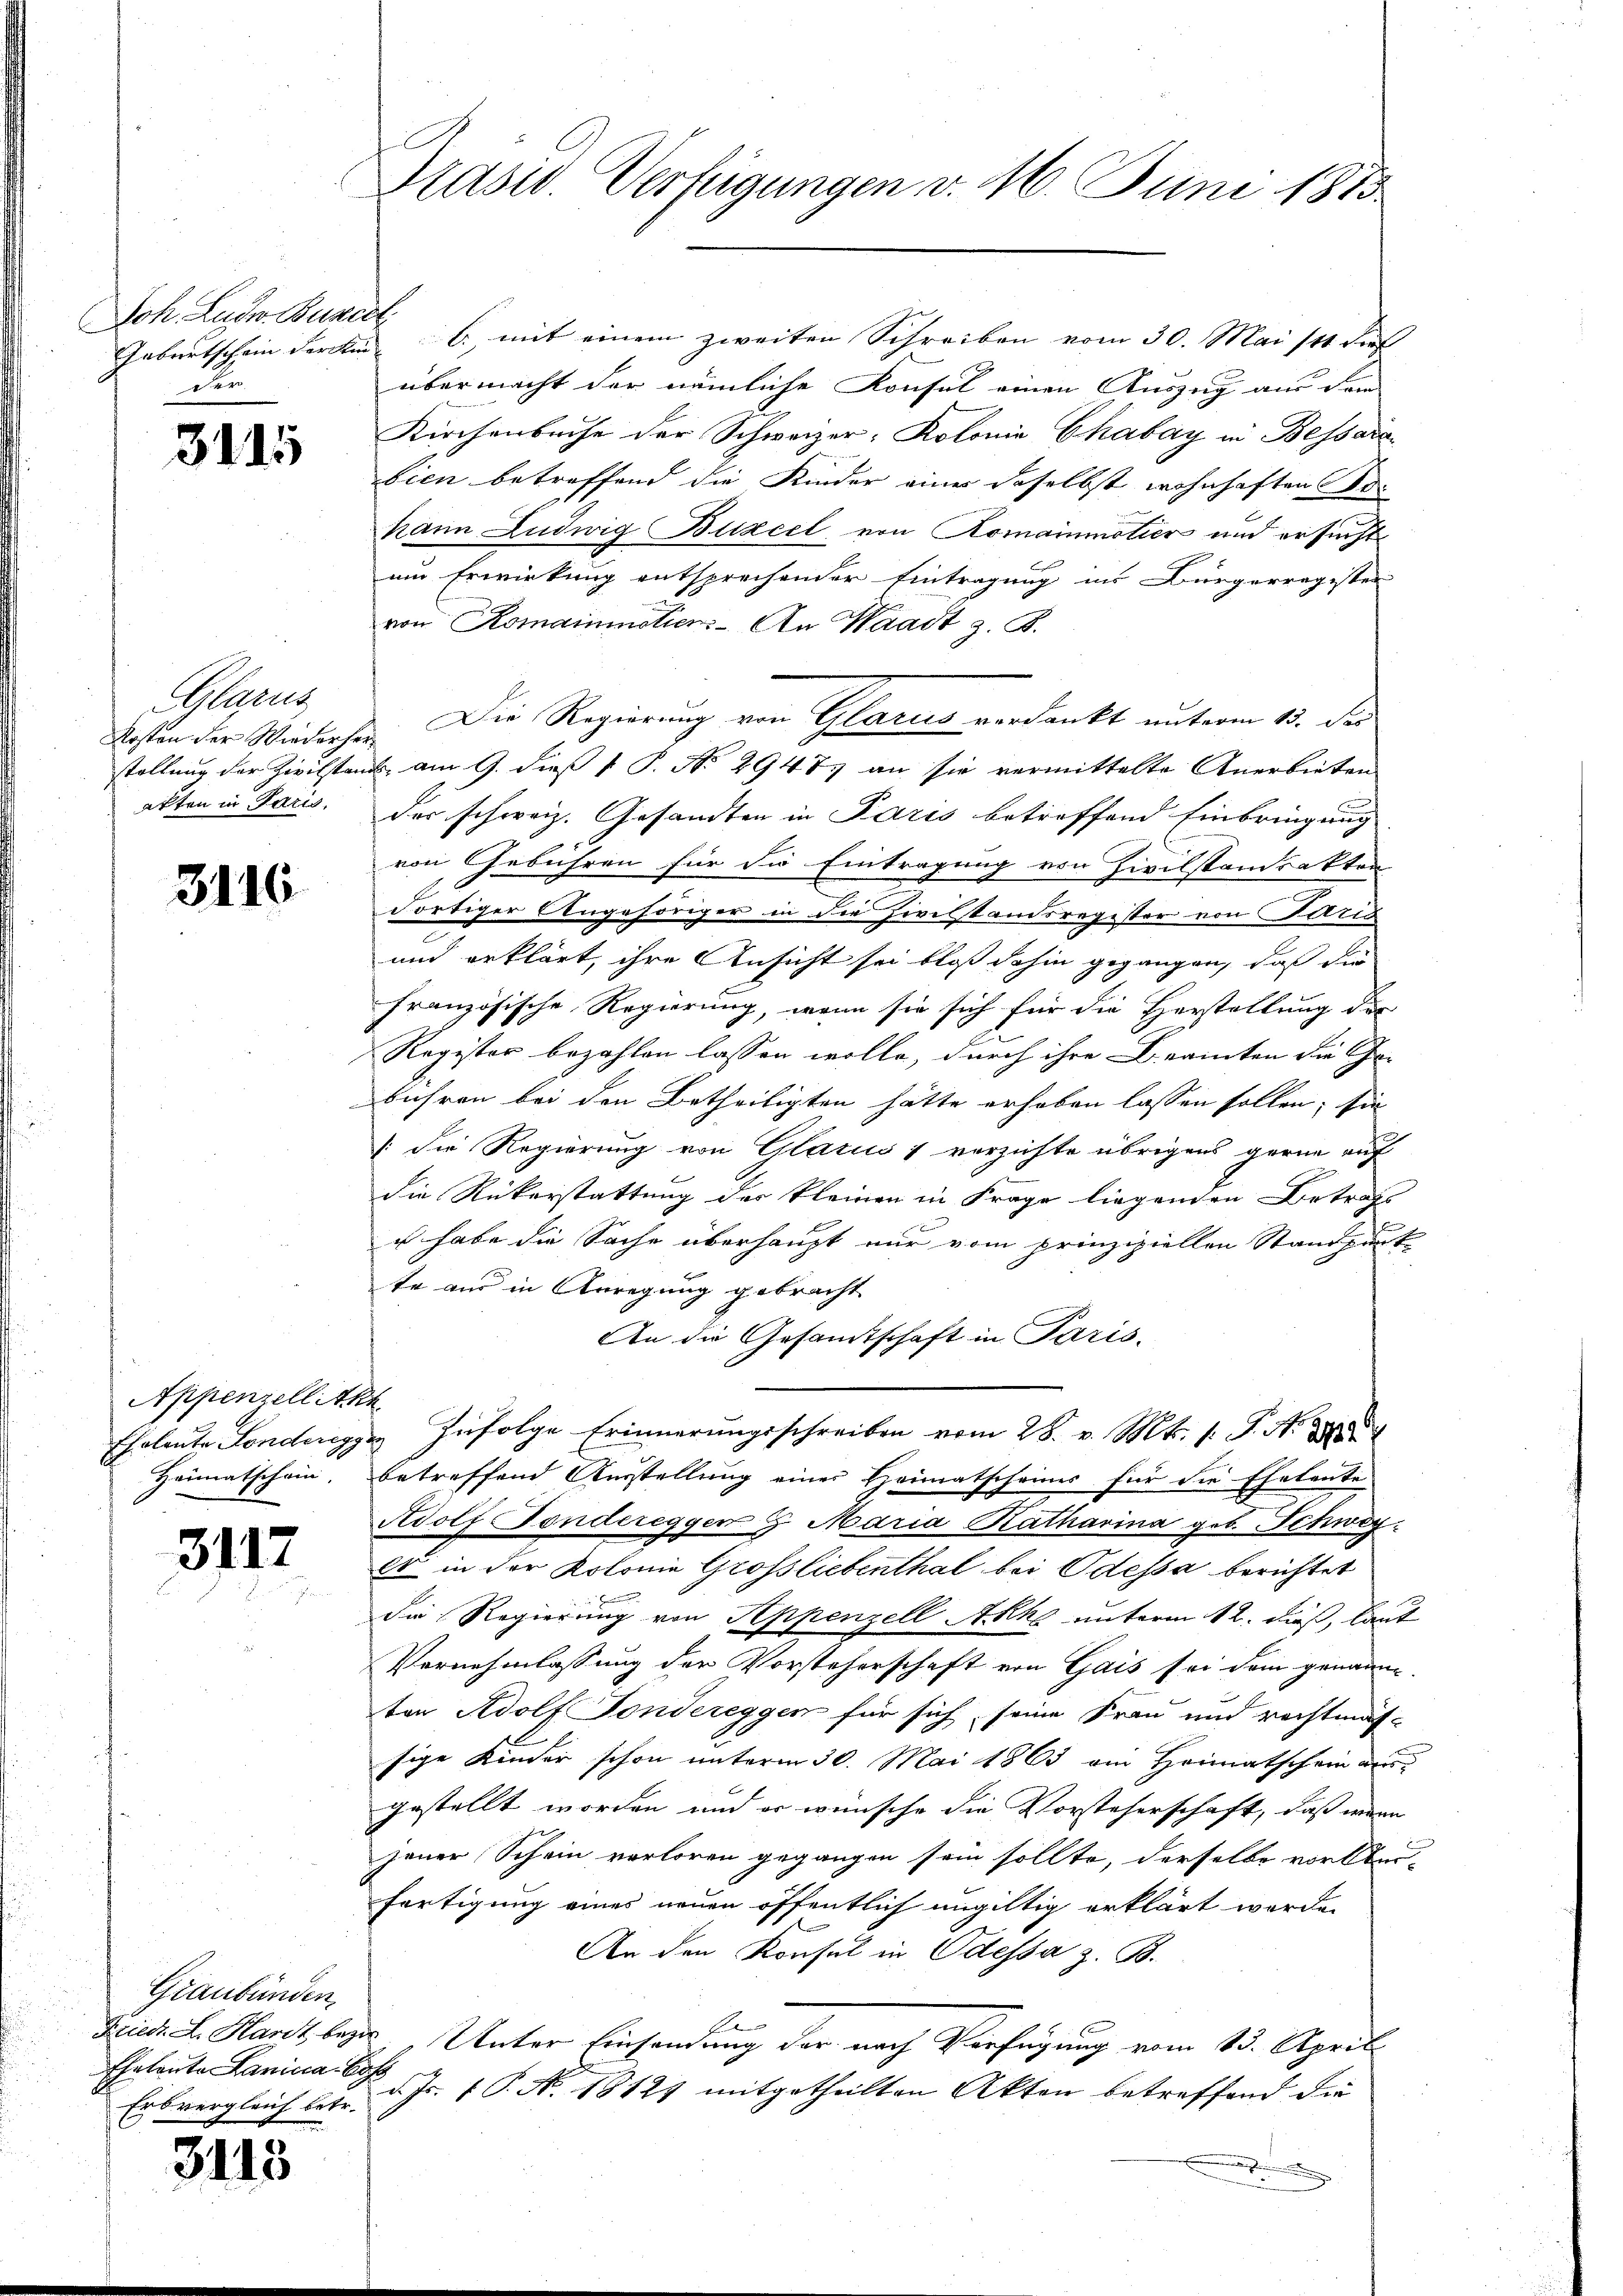
Joh. Ludw. Burc
Geburtschein Ferdin
der

3115

Glarus
Kosten der Wiederse
stellung der Zivilstan
akten in Paris.

3116

Appenzellite
Ehrleute Fonderegg
Heimatschein.

3117

Graubünden,
Friedr. L. Hardt, beza
Eheleute Lanicca-Co
Erbvergleich betr.

3115

Präsid. Verfügungen v. 16. Juni 1883

s

lf mit einem zweiten Schreiben vom 30. Mai 111 dies
übermacht der nämliche Konsul einen Auszug aus dem
Kirchenbache der Schweizer, Kolonia Chabay in Bessera
bien betreffend die Kinder einer daselbst wohnhaften Be-
kann Ludwig Blizcel von Romainmotier und ersucht
um Erwirkung entsprechender Eintragung ins Bürgerregister
von Romainmotier. An Waadt z. B.
Die Regierung von Glarus verdankt unterm 15. des
b. am 9. dieß 1 S. No 2947. an sie vermittelte Anerbieten
der schweiz. Gesandten in Paris betreffend Einbringung
von Gebühren für die Eintragung von Zivilstandsakten
dortiger Angehöriger in die Zivilstandsregister von Paris
und erklärt, ihre Ansicht sei bloß dahin gegangen, daß die
französische Regierung, wenn sie sich für die Herstellung der
Register bezahlen lassen wolle, durch ihre Beamten die Ge-
bühren bei den Betheiligten hätte erhoben lassen sollen; sie
: die Regierung von Glarius 1 verzichte übrigens gerne auf
die Rükerstattung der kleinen in Frage liegenden Betrafs
u habe die Sache überhaupt nur vom prinzipiellen Standpunk
te aus in Anregung gebracht
An die Gesamtschaft in Paris.
"Infolge Erinnerungsschreiben vom 28. v. Mts. 1. J. N. 2800
betreffend Ausstellung einer Heimatscheines für die Eheleute
Adolf Fonderegger 9. Maria Katharina geb. Schweyes in der Kolonie Grossliebenthal bei Odessa berichtet
die Regierung von Appenzell Akko unterm 12. dieß, laut
Vernehmlassung der Vorsteherschaft von Gais sei dem genannten Adolf Fondereggen für sich seine Frau und rechtmässige Kinder schon unterm 30. Mai 1863 am Heimatschein aus
gestellt worden, und er wünsche die Vorsteherschaft, daß wenn
jener Schein verloren gegangen sein sollte, derselbe vorbei-
fertigung eines neuen öffentlich ungültig erklärt werden
An den Konsul in Odessa z. B.
Unter Einsendung der nach Verfügung vom 13. April.
d. Js. f. P. N. 18127 mitgetheilten Akten betreffend die
.